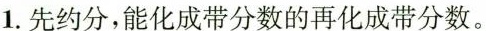
1.先约分，能化成带分数的再化成带分数。